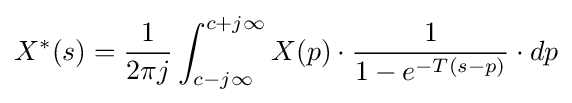
X^{*}(s)={\frac {1}{2\pi j}}\int _{c-j\infty }^{c+j\infty }{X(p)\cdot {\frac {1}{1-e^{-T(s-p)}}}\cdot dp}